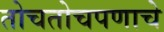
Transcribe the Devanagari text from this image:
तोचतोचपणाचे